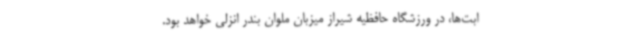
ابت‌ها، در ورزشگاه حافظیه شیراز میزبان ملوان بندر انزلی خواهد بود.